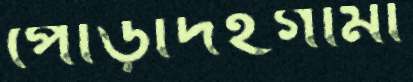
পোড়াদহগামী